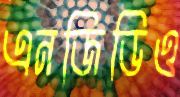
এনজিডিও